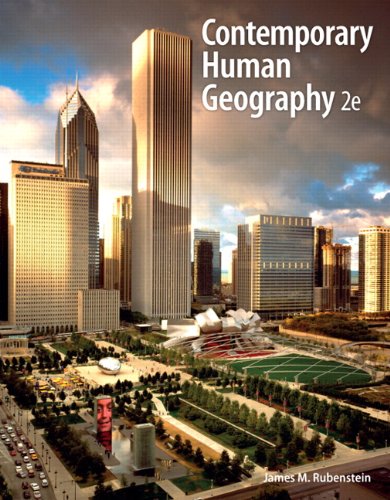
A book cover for Contemporary Human Geography (2nd Edition); James M. Rubenstein; Science & Math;